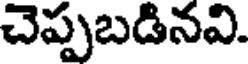
చెప్పబడినవి.